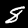
Digit: 8